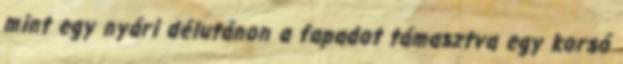
mint egy nyári délutánon a fapadot támasztva egy korsó